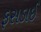
ફસડાઈ